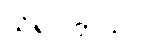
သိရပါတယ်။